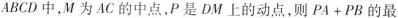
ABCD中，M为AC的中点，P是DM上的动点，则$$PA+PB$$的最